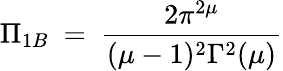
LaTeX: \Pi_{1B}~=~\frac{2\pi^{2\mu}}{(\mu-1)^{2}\Gamma^{2}(\mu)}